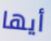
أيها